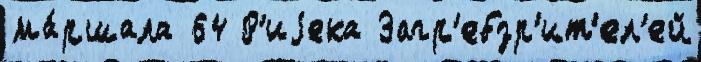
ма́ршала 64 Р'иjека Загр'ебзр'ит'ел'ей